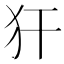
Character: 犴